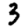
Digit: 3